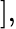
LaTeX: ],